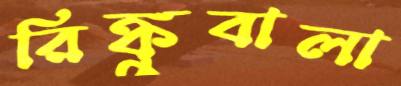
রিঙ্কুবালা